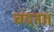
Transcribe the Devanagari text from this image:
चंदना।